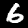
Digit: 6